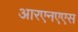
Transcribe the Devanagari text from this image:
आरएनएएस